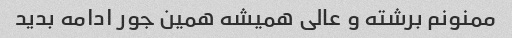
ممنونم برشته و عالی همیشه همین جور ادامه بدید